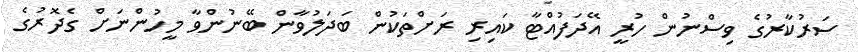
ސަރުކާރުގެ ވިސްނުން ހުރީ އޭދަފުއްޓާ ކައިރި ރަށްތަކުން ބަދަލުވާން ބޭނުންވާ މީހުންނަށް ގެދޮރުގެ